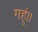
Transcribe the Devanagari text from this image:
गहूं॥